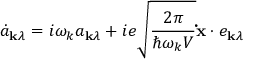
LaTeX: { \dot { a } } _ { \mathbf { k } \lambda } = i \omega _ { k } a _ { \mathbf { k } \lambda } + i e { \sqrt { \frac { 2 \pi } { \hbar \omega _ { k } V } } } \mathbf { \dot { x } } \cdot e _ { \mathbf { k } \lambda }